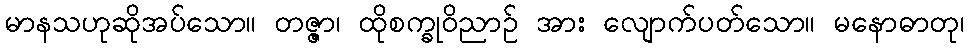
မာနသဟုဆိုအပ်သော။ တဇ္ဇာ၊ ထိုစက္ခုဝိညာဉ် အား လျောက်ပတ်သော။ မနောဓာတု၊